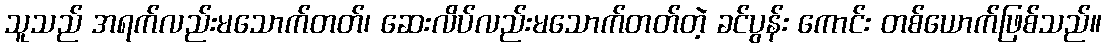
သူသည် အရက်လည်းမသောက်တတ်၊ ဆေးလိပ်လည်းမသောက်တတ်တဲ့ ခင်ပွန်း ကောင်း တစ်ယောက်ဖြစ်သည်။